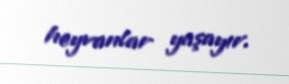
heyvanlar yaşayır.